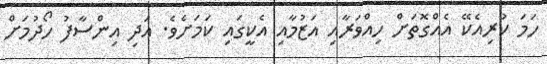
ހަމަ ކުރިއެކޭ އެއްގޮތަށް ހިއްވަރާއި އަޒުމާއި އެކީގައި ކަމަށެވެ. އަދި އިންސާފު ހޯދުމަށް